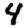
Digit: 4